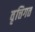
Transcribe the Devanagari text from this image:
वृत्तिगत